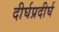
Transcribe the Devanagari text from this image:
दीर्घप्रदीर्घ